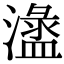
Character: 𣿍